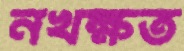
নখক্ষত